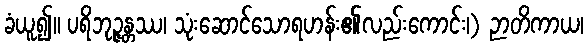
ခံယူ၍။ ပရိဘုဉ္ဇန္တဿ၊ သုံးဆောင်သောရဟန်း၏လည်းကောင်း၊) ဉာတိကာယ၊